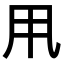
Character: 𠂡